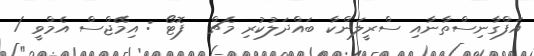
އަފްގާނިސްތާނާއި ސްރީލަންކާ ބައްދަލުކުރި މެޗް  ފޮޓޯ : އިމޭޖްސް އެމްވީ /